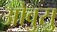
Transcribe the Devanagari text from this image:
ओवुसु